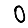
Digit: 0